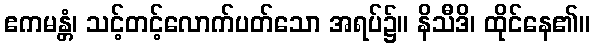
ဧကမန္တံ၊ သင့်တင့်လောက်ပတ်သော အရပ်၌။ နိသီဒိ၊ ထိုင်နေ၏။